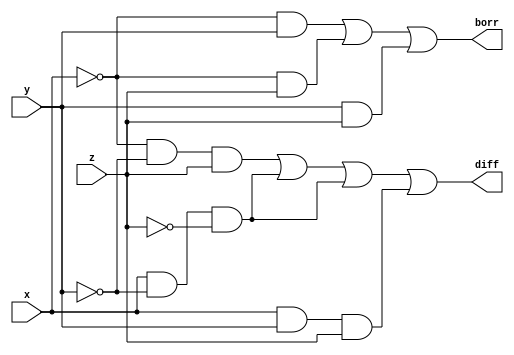
module sub(diff, borr, x, y, z);

input x, y, z;
output diff, borr;

assign diff = ((~x) & (~y) & z) | (x & (~y) & (~z)) | (x & (~y) & (~z)) | (x & y & z);
assign borr = ((~x) & y) | ((~x) & z) | (y & z);

endmodule